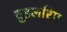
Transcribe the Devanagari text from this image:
तुइलरिए